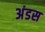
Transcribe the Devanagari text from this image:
अंडस